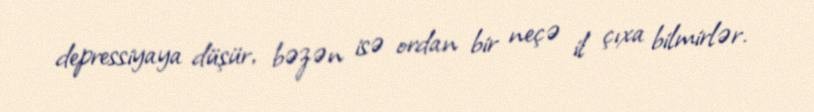
depressiyaya düşür, bəzən isə ordan bir neçə il çıxa bilmirlər.